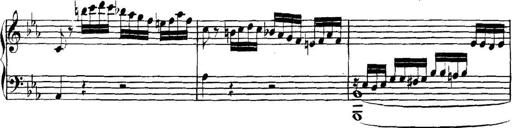
Title: Collected Piano Sonatas
Composer: Muzio Clementi